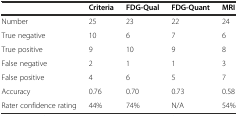
|  | Criteria | FDG-Qual | FDG-Quant | MRI |
 | --- | --- | --- | --- | --- |
 | Number | 25 | 23 | 22 | 24 |
 | True negative | 10 | 6 | 7 | 6 |
 | True positive | 9 | 10 | 9 | 8 |
 | False negative | 2 | 1 | 1 | 3 |
 | False positive | 4 | 6 | 5 | 7 |
 | Accuracy | 0.76 | 0.70 | 0.73 | 0.58 |
 | Rater confidence rating | 44% | 74% | N/A | 54% |